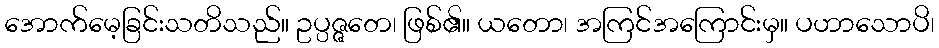
အောက်မေ့ခြင်းသတိသည်။ ဥပ္ပဇ္ဇတေ၊ ဖြစ်၏။ ယတော၊ အကြင်အကြောင်းမှ။ ပဟာသောပိ၊